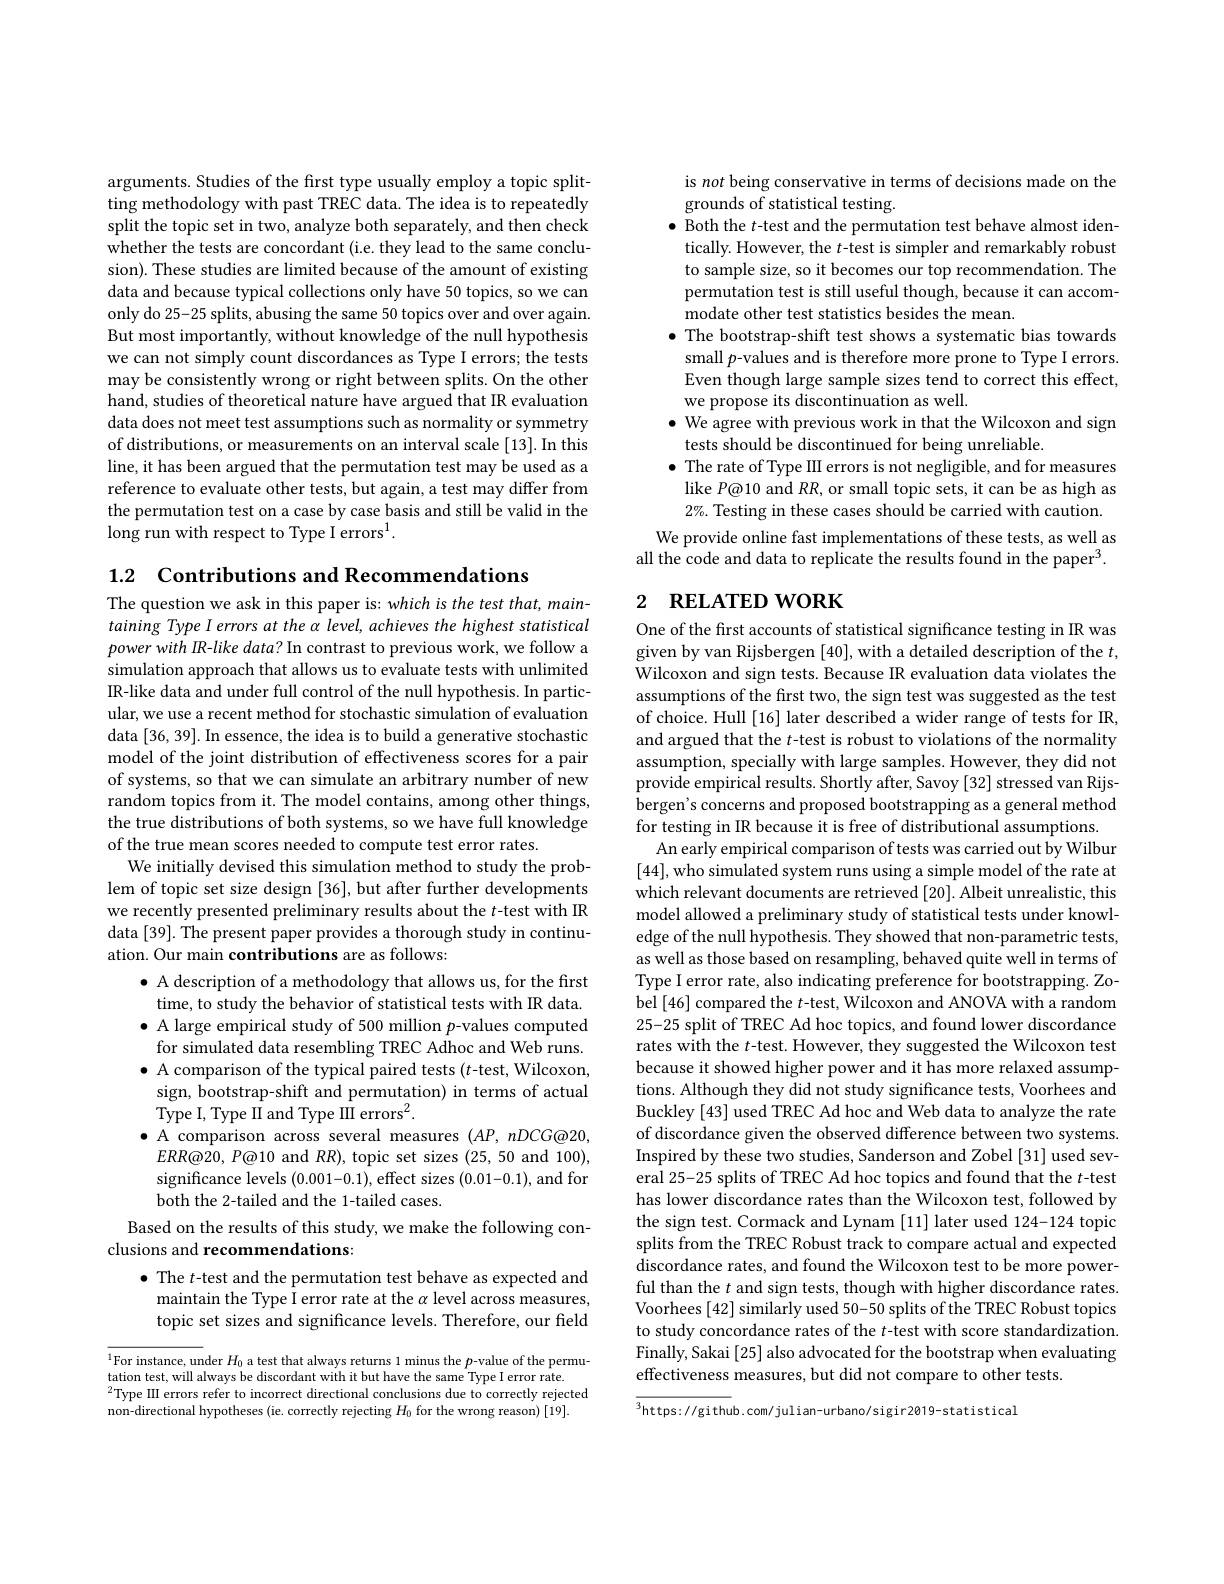
arguments. Studies of the frst type usually employ a topic splitting methodology with past TREC data. The idea is to repeatedly split the topic set in two, analyze both separately, and then check whether the tests are concordant (i.e. they lead to the same conclusion). These studies are limited because of the amount of existing data and because typical collections only have 50 topics, so we can only do 25-25 splits, abusing the same 50 topics over and over again. But most importantly, without knowledge of the null hypothesis we can not simply count discordances as Type I errors; the tests may be consistently wrong or right between splits. On the other hand, studies of theoretical nature have argued that IR evaluation data does not meet test assumptions such as normality or symmetry of distributions, or measurements on an interval scale [13]. In this line, it has been argued that the permutation test may be used as a reference to evaluate other tests, but again, a test may differ from the permutation test on a case by case basis and still be valid in the long run with respect to Type I errors$^1.$

1.2 $\textbf{Contributions and Recommendations}$
The question we ask in this paper is: which is the test that, maintaining Type I errors at the α level, achieves the highest statistical power with IR-like data? In contrast to previous work, we follow a simulation approach that allows us to evaluate tests with unlimited IR-like data and under full control of the null hypothesis. In particular, we use a recent method for stochastic simulation of evaluation data [36,39]. In essence, the idea is to build a generative stochastic model of the joint distribution of effectiveness scores for a pair of systems, so that we can simulate an arbitrary number of new random topics from it. The model contains, among other things, the true distributions of both systems, so we have full knowledge of the true mean scores needed to compute test error rates.
We initially devised this simulation method to study the problem of topic set size design [36], but after further developments we recently presented preliminary results about the $t$-test with IR data [39]. The present paper provides a thorough study in continuation. Our main contributions are as follows:
$\bullet$ A description of a methodology that allows us, for the first time, to study the behavior of statistical tests with IR data. $\bullet$ A large empirical study of 500 million $p$-values computed for simulated data resembling TREC Adhoc and Web runs. $\bullet$ A comparison of the typical paired tests (t-test, Wilcoxon,
sign, bootstrap-shift and permutation) in terms of actual
${\mathrm{Type~I,~Type~I~and~Type~II~errors}^{2}}.$
$\bullet$ A comparison across several measures $(AP,nDCG@20$,
$ERR@20,P@10$ and $RR)$, topic set sizes (25,50 and 100), significance levels (0.001-0.1), effect sizes (0.01-0.1), and for both the 2-tailed and the 1-tailed cases.
Based on the results of this study, we make the following con-
clusions and recommendations:
$\bullet$ The $t$-test and the permutation test behave as expected and maintain the Type I error rate at the $\alpha$ level across measures, topic set sizes and significance levels. Therefore, our field
$^{1}$For instance, under $H_0$ a test that always returns 1 minus the $p$-value of the permu-

tation test, will always be discordant with it but have the same Type I error rate.
$^{2}$Type II errors refer to incorrect directional conclusions due to correctly rejected
non-directional hypotheses (ie. correctly rejecting $H_0$ for the wrong reason) [19].

is not being conservative in terms of decisions made on the
grounds of statistical testing.
$\bullet$ Both the $t$-test and the permutation test behave almost identically. However, the $t$-test is simpler and remarkably robust to sample size, so it becomes our top recommendation. The permutation test is still useful though, because it can accommodate other test statistics besides the mean.
$\bullet$ The bootstrap-shift test shows a systematic bias towards
small $p$-values and is therefore more prone to Type I errors. Even though large sample sizes tend to correct this effect, we propose its discontinuation as well.
$\bullet$ We agree with previous work in that the Wilcoxon and sign
tests should be discontinued for being unreliable.
$\bullet$ The rate of Type III errors is not negligible, and for measures like $P@10$ and $RR$, or small topic sets, it can be as high as $2\%.$ Testing in these cases should be carried with caution.
We provide online fast implementations of these tests, as well as all the code and data to replicate the results found in the paper$^3.$

# 2 RELATED WORK

One of the first accounts of statistical significance testing in IR was given by van Rijsbergen [40],with a detailed description of the $t$, Wilcoxon and sign tests. Because IR evaluation data violates the assumptions of the frst two, the sign test was suggested as the test of choice. Hull [16] later described a wider range of tests for IR, and argued that the $t$-test is robust to violations of the normality assumption, specially with large samples. However, they did not provide empirical results. Shortly after, Savoy [32] stressed van Rijsbergen's concerns and proposed bootstrapping as a general method for testing in IR because it is free of distributional assumptions
An early empirical comparison of tests was carried out by Wilbur [44], who simulated system runs using a simple model of the rate at which relevant documents are retrieved [20]. Albeit unrealistic, this model allowed a preliminary study of statistical tests under knowledge of the null hypothesis. They showed that non-parametric tests, as well as those based on resampling, behaved quite well in terms of Type I error rate, also indicating preference for bootstrapping. Zobel[46] compared the $t$-test, Wilcoxon and ANOVA with a random 25-25 split of TREC Ad hoc topics, and found lower discordance rates with the $t$-test. However, they suggested the Wilcoxon test because it showed higher power and it has more relaxed assumptions. Although they did not study significance tests, Voorhees and Buckley [43] used TREC Ad hoc and Web data to analyze the rate of discordance given the observed difference between two systems. Inspired by these two studies, Sanderson and Zobel [31] used several 25-25 splits of TREC Ad hoc topics and found that the $t$-test has lower discordance rates than the Wilcoxon test, followed by the sign test. Cormack and Lynam [11] later used 124-124 topic splits from the TREC Robust track to compare actual and expected discordance rates, and found the Wilcoxon test to be more powerful than the $t$ and sign tests, though with higher discordance rates. Voorhees [42] similarly used 50-50 splits of the TREC Robust topics to study concordance rates of the $t$-test with score standardization. Finally, Sakai [25] also advocated for the bootstrap when evaluating effectiveness measures, but did not compare to other tests.
$\overline{^3\text{https://githu}}$b.com/julian-urbano/sigir2019-statistical